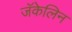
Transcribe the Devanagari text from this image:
जॅकेलिन